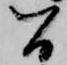
間